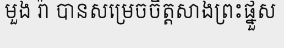
មួង រ៉ា បានសម្រេចចិត្តសាងព្រះផ្នួស